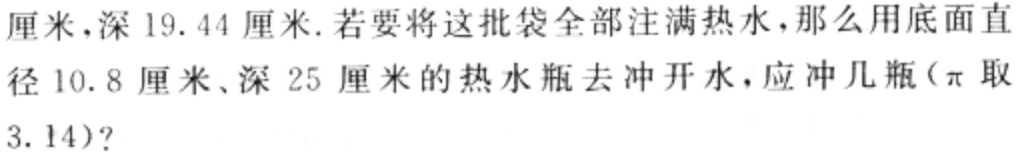
厘米，深$19.44$厘米. 若要将这批袋全部注满热水，那么用底面直径$10.8$厘米、深$25$厘米的热水瓶去冲开水，应冲几瓶（$\pi$取$3.14$）？